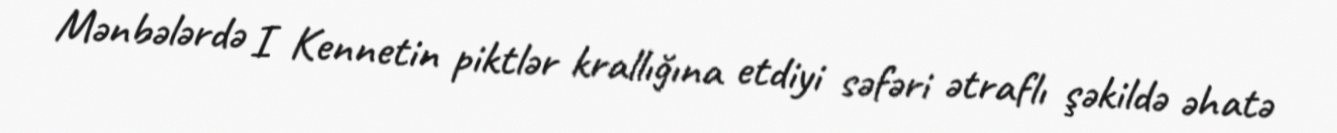
Mənbələrdə I Kennetin piktlər krallığına etdiyi səfəri ətraflı şəkildə əhatə